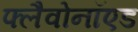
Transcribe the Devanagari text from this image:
फ्लैवोनॉएड